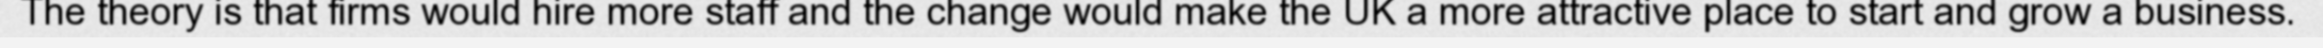
The theory is that firms would hire more staff and the change would make the UK a more attractive place to start and grow a business.